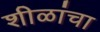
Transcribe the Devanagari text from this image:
शीळांचा